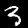
Label: 3